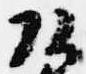
頭